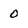
Character: 0